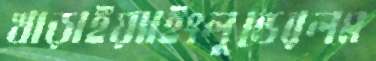
খাড়াইয়্যাইংলুন্ডেরলম